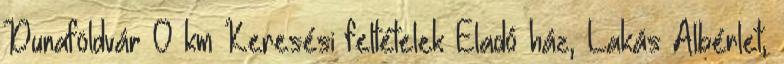
Dunaföldvár 0 km Keresési feltételek Eladó ház, Lakás Albérlet,